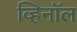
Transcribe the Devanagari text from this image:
व्हिनॉल